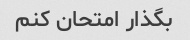
بگذار امتحان کنم